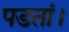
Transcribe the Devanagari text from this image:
पडतां।